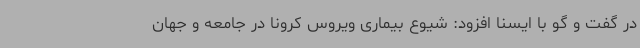
در گفت و گو با ایسنا افزود: شیوع بیماری ویروس کرونا در جامعه و جهان